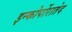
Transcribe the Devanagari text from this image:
इन्कोर्पोरातेद